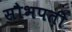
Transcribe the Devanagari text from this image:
सौभपती